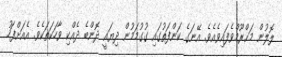
ލޮލުން މަޙްރޫމްވެފައިވެއެވެ. އޭނަގެ ކަންފަތުގައި ގުގުމަމުން ދިޔައީ ދޮންބެ ދެއްކި ވާހަކަތަކެވެ. އެއަށްފަހު